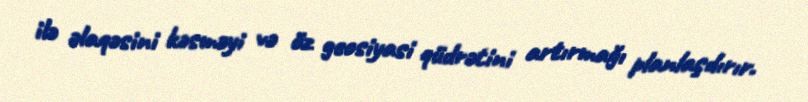
ilə əlaqəsini kəsməyi və öz geosiyasi qüdrətini artırmağı planlaşdırır.